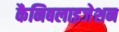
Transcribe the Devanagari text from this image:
कैनिबलाइजेशन